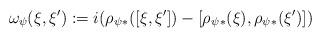
LaTeX: \begin{align*}\omega_{\psi}(\xi,\xi') := i(\rho_{\psi}{}_{*}([\xi,\xi']) - [\rho_{\psi}{}_{*}(\xi),\rho_{\psi}{}_{*}(\xi')])\end{align*}